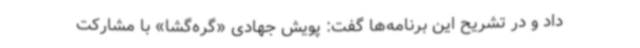
داد و در تشریح این برنامه‌ها گفت: پویش جهادی «گره‌گشا» با مشارکت